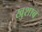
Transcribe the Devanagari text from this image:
खुशाब